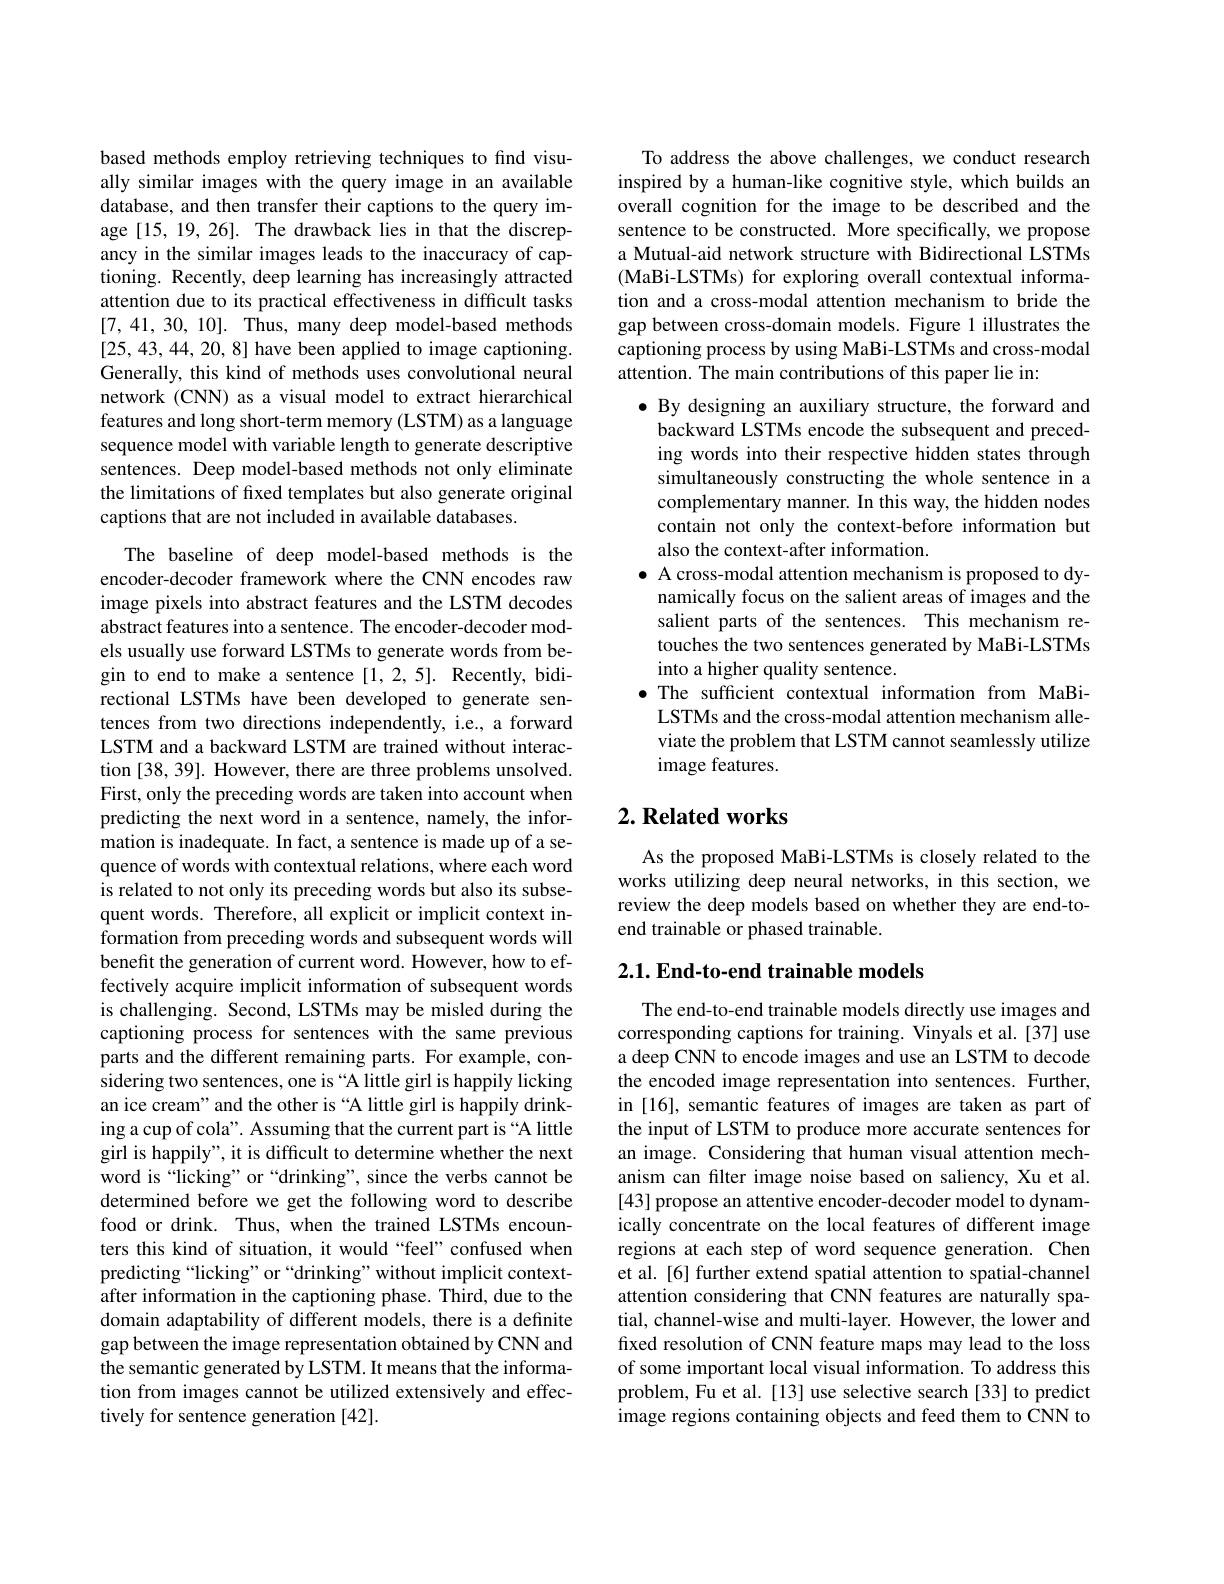
based methods employ retrieving techniques to find visually similar images with the query image in an available database, and then transfer their captions to the query image [15,19,26]. The drawback lies in that the discrepancy in the similar images leads to the inaccuracy of captioning. Recently, deep learning has increasingly attracted attention due to its practical effectiveness in difficult tasks [7,41,30,10]. Thus, many deep model-based methods [25,43,44,20,8] have been applied to image captioning. Generally, this kind of methods uses convolutional neural network (CNN) as a visual model to extract hierarchical features and long short-term memory (LSTM) as a language sequence model with variable length to generate descriptive sentences. Deep model-based methods not only eliminate the limitations $\hat{\text{of fixed templates but also generate original}}$ captions that are not included in available databases.

The baseline of deep model-based methods is the encoder-decoder framework where the CNN encodes raw image pixels into abstract features and the LSTM decodes abstract features into a sentence. The encoder-decoder models usually use forward LSTMs to generate words from begin to end to make a sentence [1,2,5]. Recently, bidirectional LSTMs have been developed to generate sentences from two directions independently, i.e., a forward LSTM and a backward LSTM are trained without interaction [38, 39]. However, there are three problems unsolved. First, only the preceding words are taken into account when predicting the next word in a sentence, namely, the information is inadequate. In fact, a sentence is made up of a sequence of words with contextual relations, where each word is related to not only its preceding words but also its subsequent words. Therefore, all explicit or implicit context information from preceding words and subsequent words will benefit the generation of current word. However, how to effectively acquire implicit information of subsequent words is challenging. Second, LSTMs may be misled during the captioning process for sentences with the same previous parts and the different remaining parts. For example, considering two sentences, one is “A little girl is happily licking an ice cream" and the other is “A little girl is happily drinking a cup of cola". Assuming that the current part is “A little girl is happily", it is difficult to determine whether the next word is “licking” or“drinking”, since the verbs cannot be determined before we get the following word to describe food or drink. Thus, when the trained LSTMs encounters this kind of situation, it would “feel”confused when predicting“licking”or“drinking”without implicit contextafter information in the captioning phase. Third, due to the domain adaptability of different models, there is a definite gap between the image representation obtained by CNN and the semantic generated by LSTM. It means that the information from images cannot be utilized extensively and effectively for sentence generation [42].

To address the above challenges, we conduct research inspired by a human-like cognitive style, which builds an overall cognition for the image to be described and the sentence to be constructed. More specifically, we propose a Mutual-aid network structure with Bidirectional LSTMs (MaBi-LSTMs) for exploring overall contextual information and a cross-modal attention mechanism to bride the gap between cross-domain models. Figure 1 illustrates the captioning process by using MaBi-LSTMs and cross-modal attention. The main contributions of this paper lie in:
$\bullet$ By designing an auxiliary structure, the forward and
backward LSTMs encode the subsequent and preceding words into their respective hidden states through simultaneously constructing the whole sentence in a complementary manner. In this way, the hidden nodes contain not only the context-before information but also the context-after information.
$\bullet$ A cross-modal attention mechanism is proposed to dy-
namically focus on the salient areas of images and the salient parts of the sentences. This mechanism retouches the two sentences generated by MaBi-LSTMs into a higher quality sentence.
$\bullet$ The sufficient contextual information from MaBiLSTMs and the cross-modal attention mechanism alleviate the problem that LSTM cannot seamlessly utilize image features.

## $2. \textbf{ Related works}$

As the proposed MaBi-LSTMs is closely related to the works utilizing deep neural networks, in this section, we review the deep models based on whether they are end-toend trainable or phased trainable.

### $2. 1. \textbf{End- to- end trainable models}$

The end-to-end trainable models directly use images and corresponding captions for training. Vinyals et al. [37] use a deep CNN to encode images and use an LSTM to decode the encoded image representation into sentences. Further, in [16], semantic features of images are taken as part of the input of LSTM to produce more accurate sentences for an image. Considering that human visual attention mechanism can filter image noise based on saliency, Xu et al. [43] propose an attentive encoder-decoder model to dynamically concentrate on the local features of different image regions at each step of word sequence generation. Chen et al. [6] further extend spatial attention to spatial-channel attention considering that CNN features are naturally spatial, channel-wise and multi-layer. However, the lower and fixed resolution of CNN feature maps may lead to the loss of some important local visual information. To address this problem, Fu et al. [13] use selective search [33] to predict image regions containing objects and feed them to CNN to